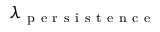
\lambda _ { \mathrm { ~ p ~ e ~ r ~ s ~ i ~ s ~ t ~ e ~ n ~ c ~ e ~ } }